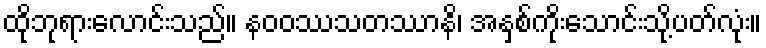
ထိုဘုရားလောင်းသည်။ နဝဝဿသတဿာနိ၊ အနှစ်ကိုးသောင်းသို့ပတ်လုံး။